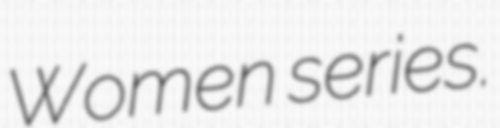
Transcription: Women series.